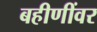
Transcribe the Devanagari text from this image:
बहीणींवर